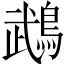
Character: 鵡